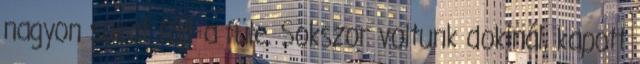
nagyon sokat fájt a füle. Sokszor voltunk dokinál, kapott